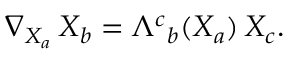
\nabla _ { { X _ { a } } } \, X _ { b } = \Lambda ^ { c } { } _ { b } ( X _ { a } ) \, X _ { c } .